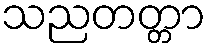
သညတတ္တာ